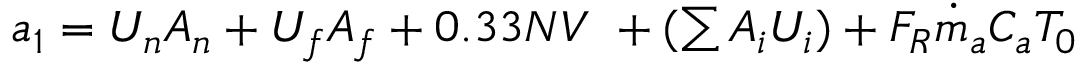
\begin{array} { r } { a _ { 1 } = U _ { n } A _ { n } + U _ { f } A _ { f } + 0 . 3 3 N V \ + ( \sum { A _ { i } U _ { i } } ) + F _ { R } { \dot { m } } _ { a } C _ { a } T _ { 0 } } \end{array}